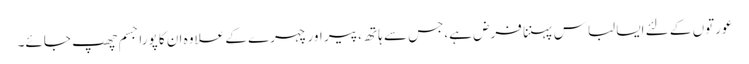
عورتوں کے لئے ایسا لباس پہننا فرض ہے،جس سے ہاتھ ،پیر اور چہرے کے علاوہ ان کا پورا جسم چھپ جائے۔